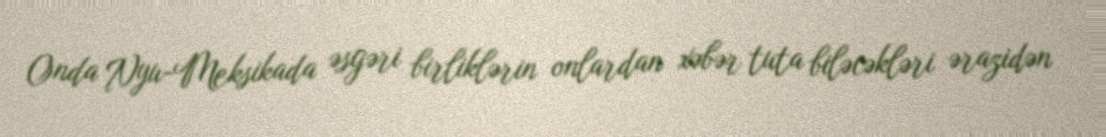
Onda Nyu-Meksikada əsgəri birliklərin onlardan xəbər tuta biləcəkləri ərazidən